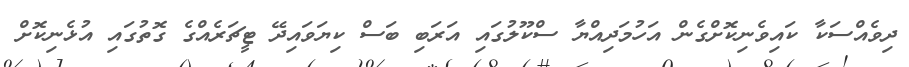
ދިވެއްސަކާ ކައިވެނިކޮށްގެން އަހުމަދިއްޔާ ސްކޫލުގައި އަރަބި ބަސް ކިޔަވައިދޭ ޓީޗަރެއްގެ ގޮތުގައި އުޅެނިކޮށް